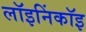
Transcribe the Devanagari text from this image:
लॉइनिंकॉइ